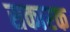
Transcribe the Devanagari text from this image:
सकारक